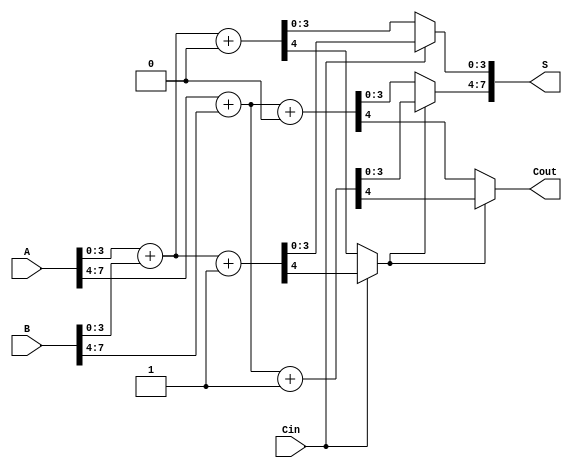
module CarrySelectAdder #(parameter N = 8, M = 4)(
    input  [N-1:0] A,   // First n-bit number
    input  [N-1:0] B,   // Second n-bit number
    input          Cin,  // Carry-in
    output [N-1:0] S,    // n-bit sum
    output         Cout   // Carry-out
);

// Internal signals
wire [M-1:0] S1_0, S1_1; // Sums for first block
wire [M-1:0] S2_0, S2_1; // Sums for second block
wire Cout_1_0, Cout_1_1; // Carry-outs for first block
wire Cout_2_0, Cout_2_1; // Carry-outs for second block

// Block 1: First 4 bits
assign {Cout_1_0, S1_0} = A[3:0] + B[3:0] + 1'b0; // Sum with Cin = 0
assign {Cout_1_1, S1_1} = A[3:0] + B[3:0] + 1'b1; // Sum with Cin = 1

// Block 2: Second 4 bits
assign {Cout_2_0, S2_0} = A[7:4] + B[7:4] + 1'b0; // Sum with Cin = 0
assign {Cout_2_1, S2_1} = A[7:4] + B[7:4] + 1'b1; // Sum with Cin = 1

// Mux logic for selecting sums and carry-outs
wire [M-1:0] S_selected;
wire Cout_selected;

assign S_selected = (Cin == 1'b0) ? S1_0 : S1_1;  // Select sum from first block
assign Cout_selected = (Cin == 1'b0) ? Cout_1_0 : Cout_1_1; // Select carry-out from first block

// Final sum and carry-out
assign S = {S2_selected, S_selected};  // Concatenate sums
assign Cout = Cout_2_selected;            // Assign carry-out

// Final carry-out selection for block 2
wire [M-1:0] S2_selected;
assign S2_selected = (Cout_selected == 1'b0) ? S2_0 : S2_1; // Select sum from second block
assign Cout = Cout_selected ? Cout_2_1 : Cout_2_0; // Select carry-out from second block

endmodule